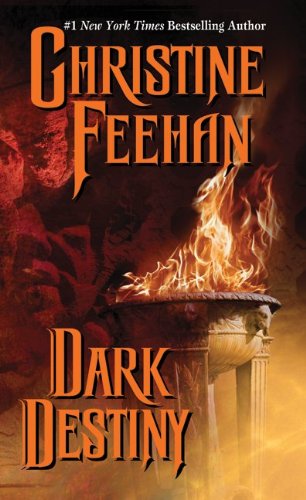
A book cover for Dark Destiny (Dark Series); Christine Feehan; Romance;